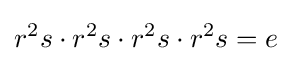
r^{2}s\cdot r^{2}s\cdot r^{2}s\cdot r^{2}s=e